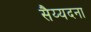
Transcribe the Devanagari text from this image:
सैय्यदना